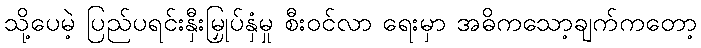
သို့ပေမဲ့ ပြည်ပရင်းနှီးမြှုပ်နှံမှု စီးဝင်လာ ရေးမှာ အဓိကသော့ချက်ကတော့